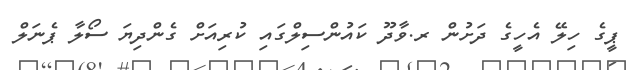
ޕީގެ ހިލޭ އެހީގެ ދަށުން ރ.ވާދޫ ކައުންސިލްގައި ކުރިއަށް ގެންދިޔަ ސޯލާ ޕެނަލް